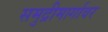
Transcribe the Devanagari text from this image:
समुद्रीमार्गावर